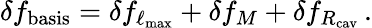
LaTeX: \delta f_{\mathrm{basis}}=\delta f_{\ell_{\mathrm{max}}}+\delta f_{M}+\delta f_{R_{\mathrm{cav}}}\, .